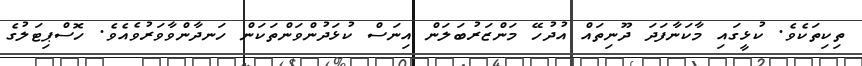
ތިކިތަކެވެ. ކުޅީގައި މާކަނާފަދަ ދޫނިތައް އުދުހޭ މަންޒަރުބަލަން އިނަސް ކުޅަދުންވަންތަކަން ހަނދާންވާވަރުވެއެވެ. ހޮސްޕިޓަލުގެ